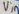
Text: Vin